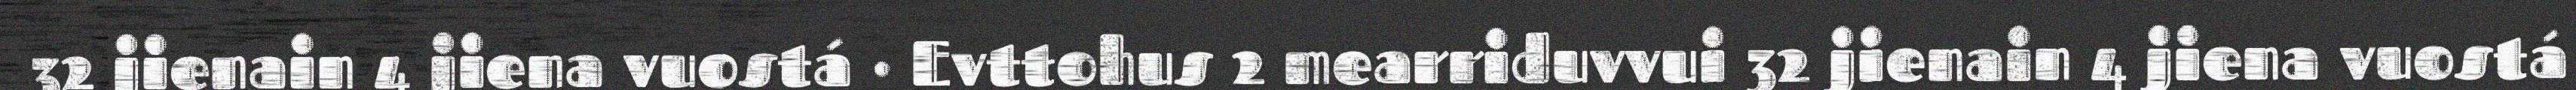
32 jienain 4 jiena vuostá · Evttohus 2 mearriduvvui 32 jienain 4 jiena vuostá